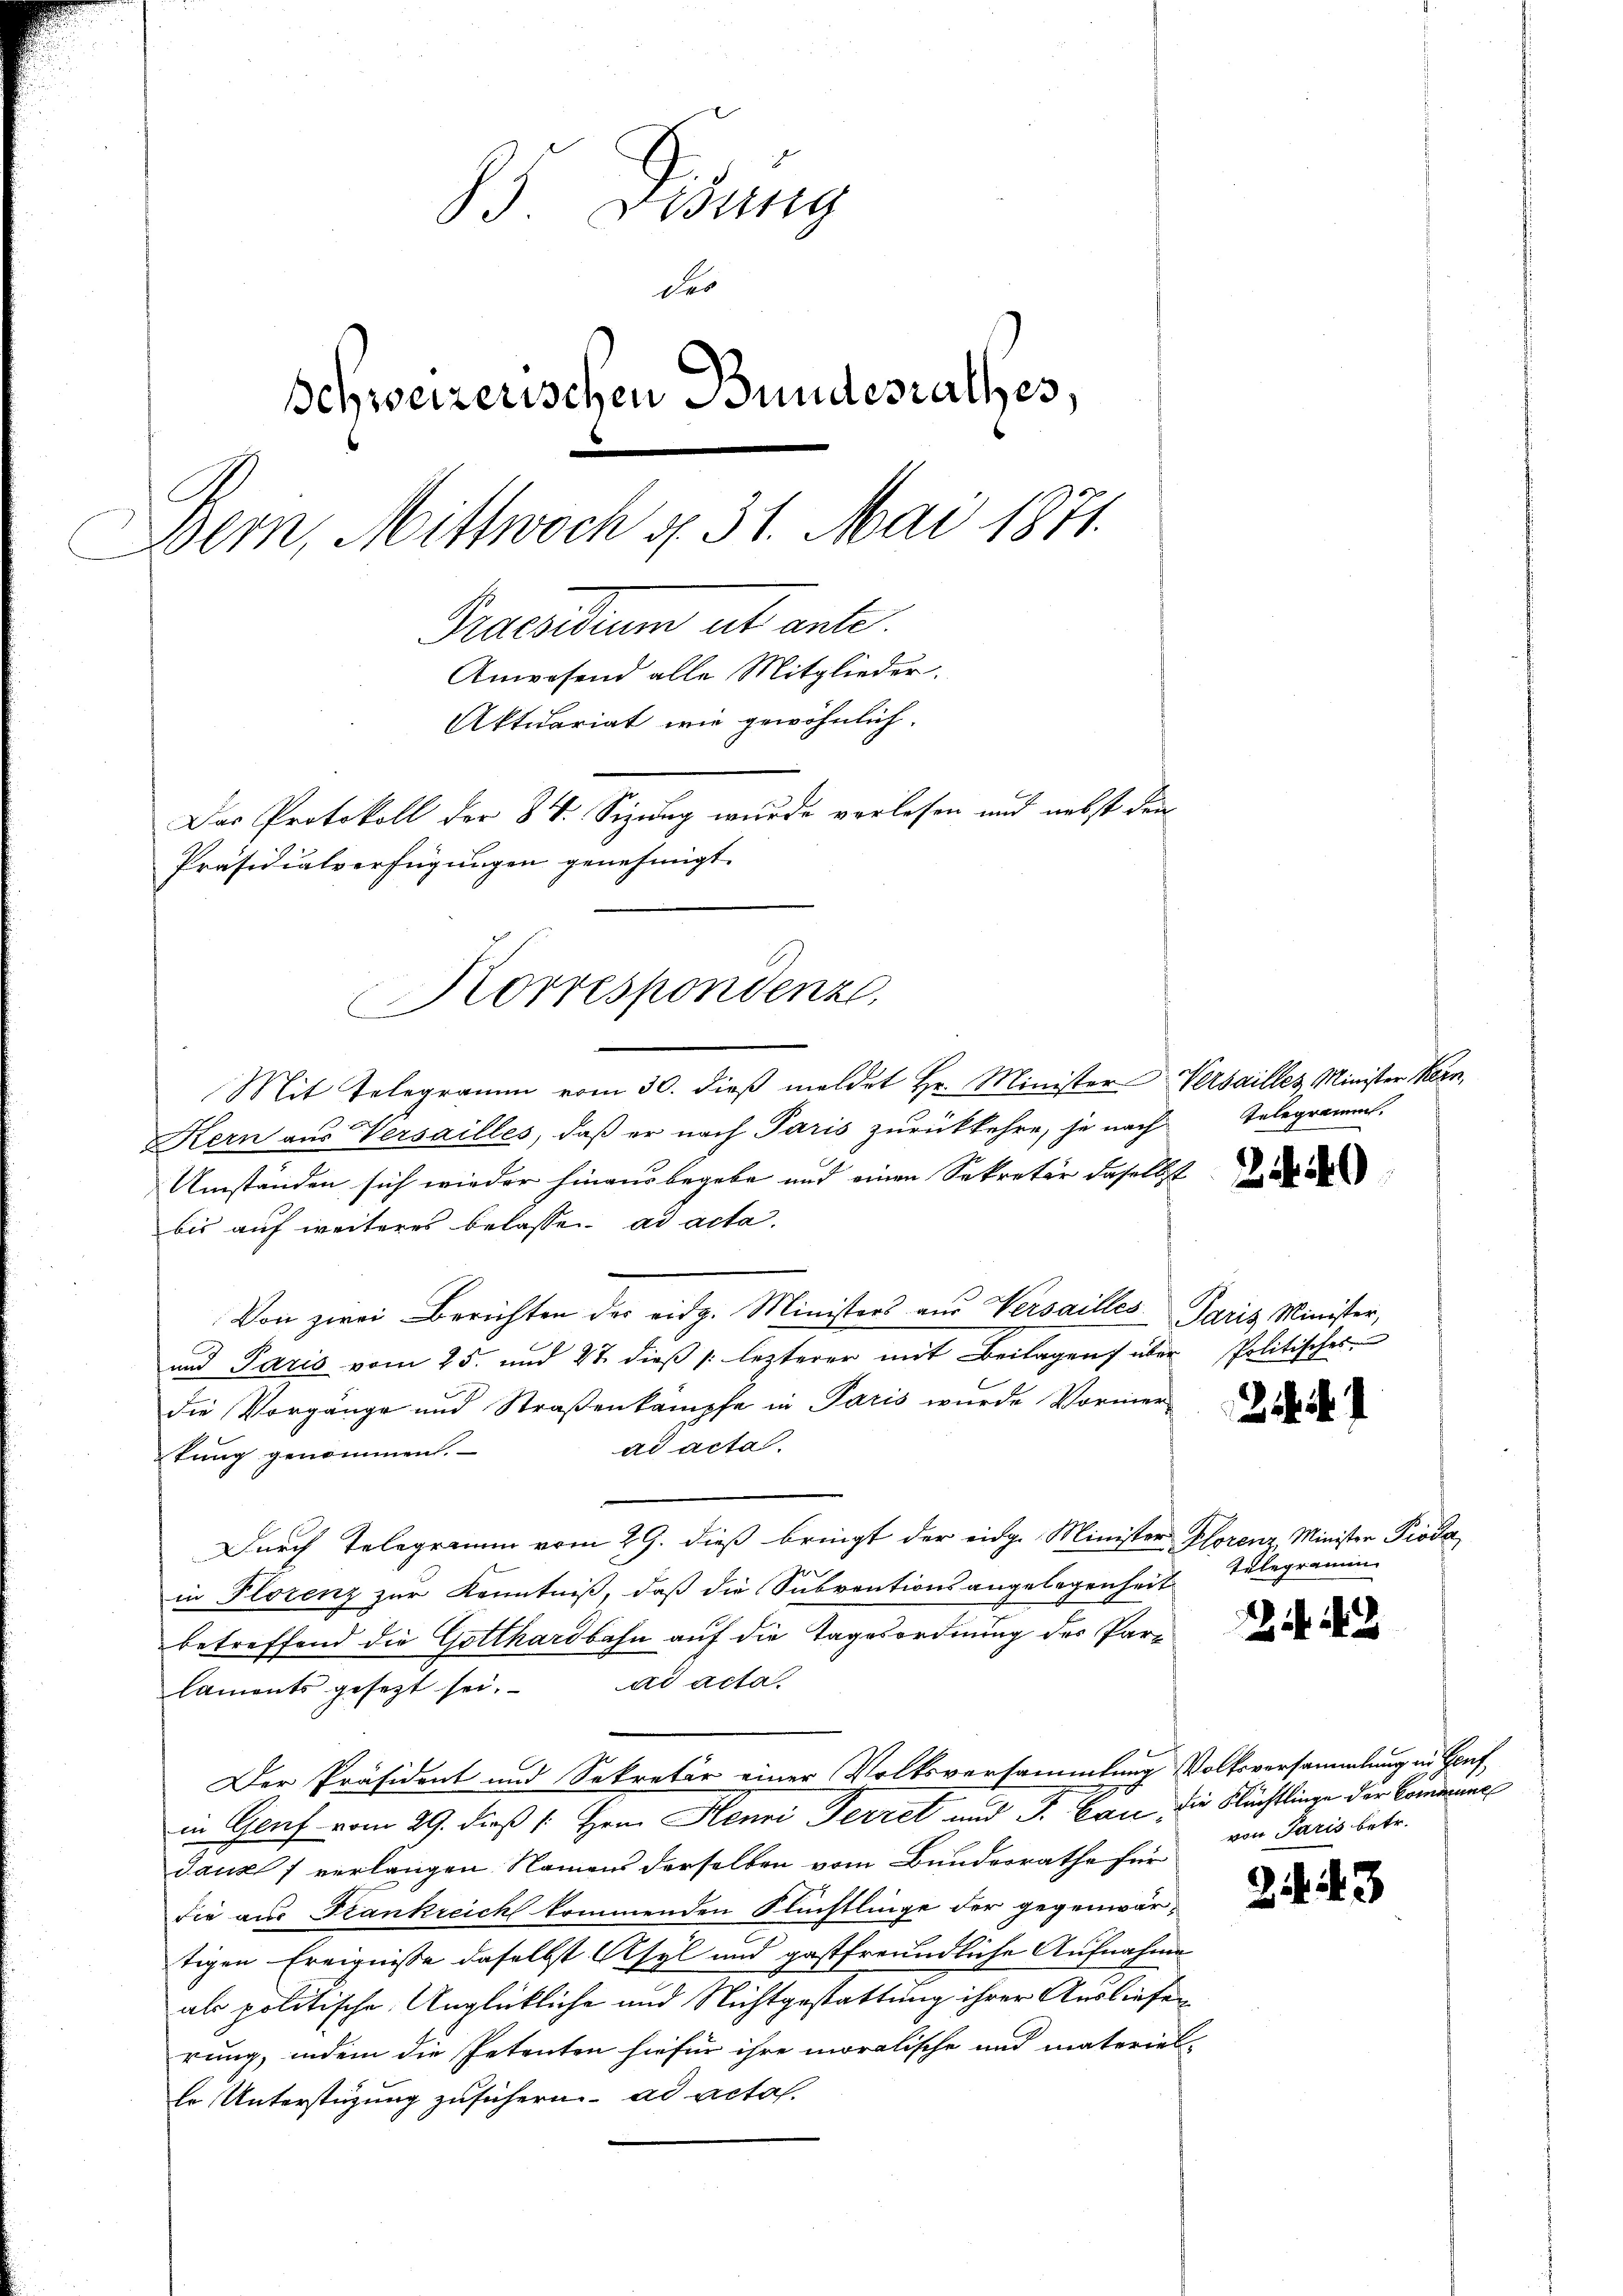
83 Gesung
des
Schweizerischen Bundesrathes,
Bern, Mittwoch u. 31. Mai 1871.
Praesidium ut ante.
Anwesend alle Mitglieder.
Aktuariat wie gewöhnlich.
Das Protokoll der 84. Sizung wurde vorlesen und nebst den
Präsidialverfügungen genehmigt.

Korrespondenz,

Mit Telegramm vom 30. dieβ meldet Hr. Minister Versailles Minister Kern,
Kern aus Versailles, daß er nach Paris zurückkehre, je nach
Umstanden sich wieder hinaus begebe und einen Sekretär daselbst
bis auf weiteres belassen ad acta.
Von zwei Berichten des eidg. Ministers aus Versailles Paris Minister,
und Paris vom 25. und 27. dieβ |: lezterer mit Beilagen über Politisches
die Vorgänge und Straßenkämpfe in Paris wurde Vormer
ad acta.
tung genommen.
Durch Telegramm vom 29. dieß bringt der eidg. Minister Plorenz Minister Pioda,
2
in Florenz zur Kenntniß, daß die Subventionsangelegenheit
betreffend die Gotthardbahn auf die Tagesordnung des Parad acta.
laments gesezt sei.
Der Präsident und Sekretär einer Volksversammlung Volksversammlung in Genf
in Genf vom 29. dieß (: Hrn. Henri Ferret und F. Curie die Nächtlinge der Commune
dauzl 7 verlangen Namens derselben vom Bundesrathe für
die aus Frankreich kommenden Flüchtlinge der gegenwärtigen Ereignisse daselbst Asyl und gastfreundliche Aufnahme
als politische Unglückliche und Nichtgestattung ihrer Ausliefen
rung, indem die Petenten hiefür ihre moralische und materiel-
Er Unterstüzung zusichern ad acta.

Telegramm.

240

24

Telegramm

2

von Paris betr.

5